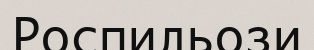
Роспильози